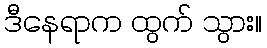
ဒီနေရာက ထွက် သွား။